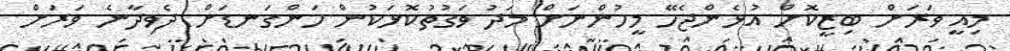
މިއީ ވަރަށް ބިޒީކޮށް އުޅެންޖެހޭ މީހުންނަށް މަދު ވަގުތުކޮޅަކުން ހަންގަނޑަށް ދެވިދާނެ ވަރަށް